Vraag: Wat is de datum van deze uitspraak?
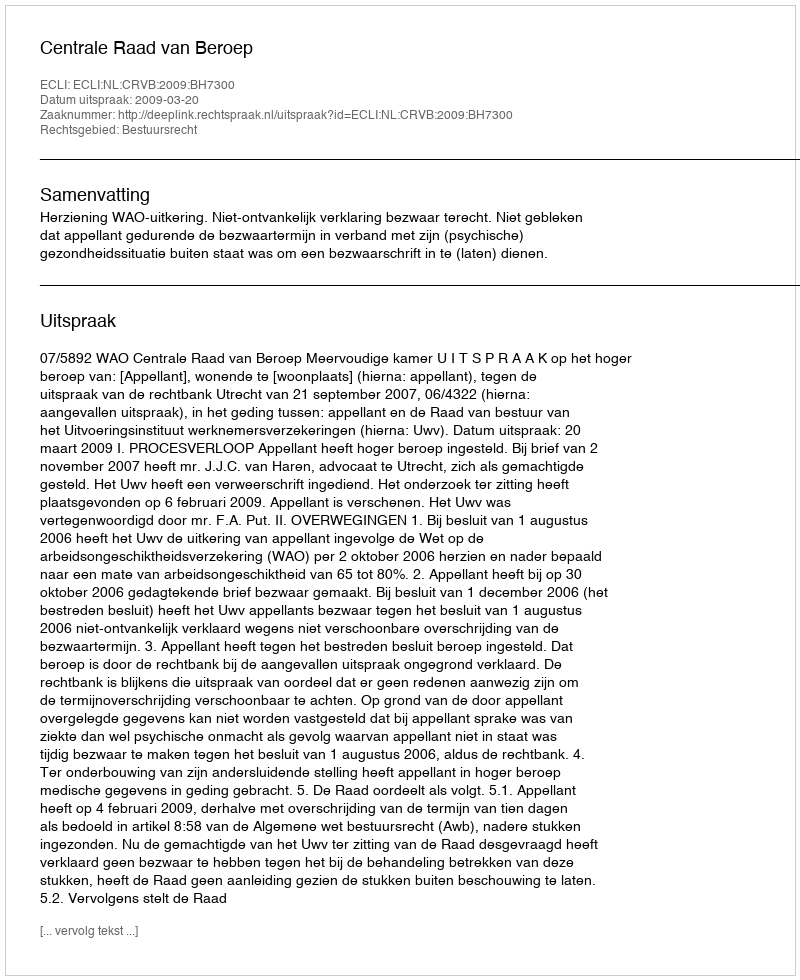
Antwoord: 2009-03-20